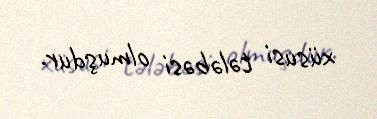
xüsusi tələbəsi olmuşdur.